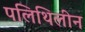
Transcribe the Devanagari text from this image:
पलिथिलीन